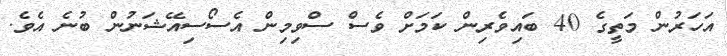
އަހަރުން މަތީގެ 40 ބައިވެރިން ކަމަށް ވެސް ސްވިމިން އެސޯސިއޭޝަނުން ބުނެ އެވެ.